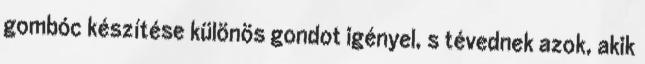
gombóc készítése különös gondot igényel, s tévednek azok, akik